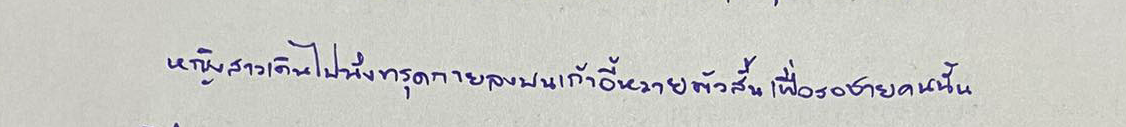
หญิงสาวเดินไปนั่งทรุดกายลงบนเก้าอี้หวายตัวสั้นเพื่อรอชายคนนั้น